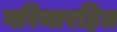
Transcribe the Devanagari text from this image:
गरिमारहित